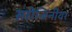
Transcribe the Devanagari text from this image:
सरोजिनींवर